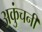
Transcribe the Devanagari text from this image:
अकुंचनी